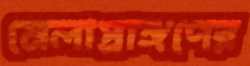
মেলাপ্রাঙ্গণের